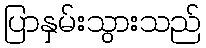
ပြာနှမ်းသွားသည်